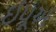
ઈપૂઅ